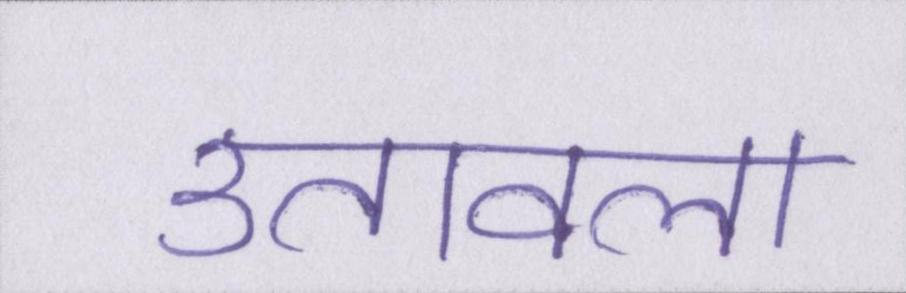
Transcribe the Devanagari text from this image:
उतावला